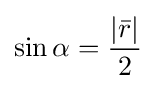
\sin \alpha ={\frac {|{\bar {r}}|}{2}}